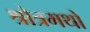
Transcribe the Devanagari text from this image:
श्रोत्रमथो